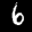
Label: 6